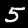
Label: 5